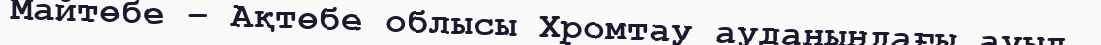
Майтөбе – Ақтөбе облысы Хромтау ауданындағы ауыл.